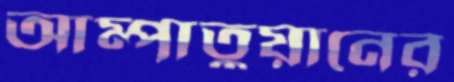
আম্পাতুয়ানের